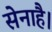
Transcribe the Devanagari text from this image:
सेनाहै।